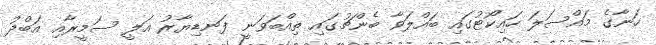
ހަނާގެ މައްސަލަ ހައިކޯޓުގައި ބައްލަވާ ބެންޗުގައި ތިއްބަވަނީ ފަނޑިޔާރު އަލީ ސަމީރާއި އަބްދު